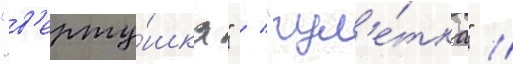
"в'ерту́шка" / "рул'е́тка" /